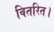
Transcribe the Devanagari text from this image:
वितरित।